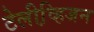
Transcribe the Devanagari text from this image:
टेलीव्हि़जन